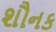
શૌનક